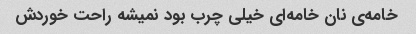
خامه‌ی نان خامه‌ای خیلی چرب بود نمیشه راحت خوردش